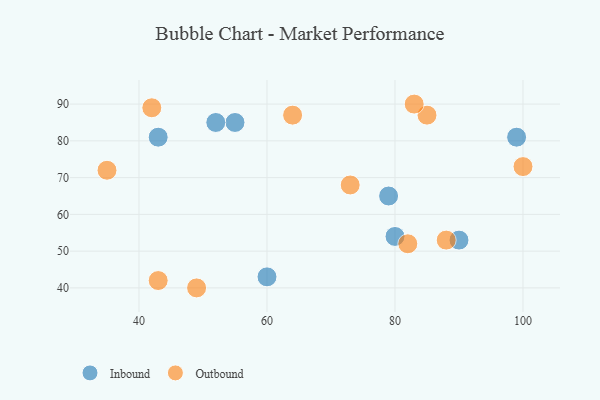
{"axis": {"x": "GDP", "y": "Life Expectancy"}, "legend": ["Inbound", "Outbound"], "data": [{"x": "99", "y": 81, "type": "Inbound"}, {"x": "60", "y": 43, "type": "Inbound"}, {"x": "55", "y": 85, "type": "Inbound"}, {"x": "79", "y": 65, "type": "Inbound"}, {"x": "90", "y": 53, "type": "Inbound"}, {"x": "52", "y": 85, "type": "Inbound"}, {"x": "80", "y": 54, "type": "Inbound"}, {"x": "43", "y": 81, "type": "Inbound"}, {"x": "85", "y": 87, "type": "Outbound"}, {"x": "100", "y": 73, "type": "Outbound"}, {"x": "49", "y": 40, "type": "Outbound"}, {"x": "83", "y": 90, "type": "Outbound"}, {"x": "43", "y": 42, "type": "Outbound"}, {"x": "42", "y": 89, "type": "Outbound"}, {"x": "82", "y": 52, "type": "Outbound"}, {"x": "88", "y": 53, "type": "Outbound"}, {"x": "35", "y": 72, "type": "Outbound"}, {"x": "64", "y": 87, "type": "Outbound"}, {"x": "73", "y": 68, "type": "Outbound"}]}